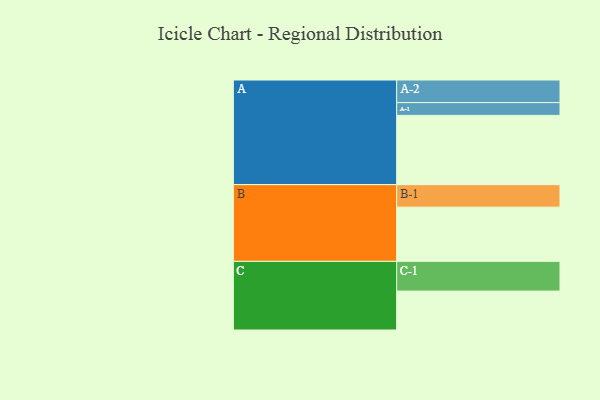
{"axis": {"x": "Segment", "y": "Value"}, "legend": ["", "A", "B", "C"], "data": [{"x": "A", "y": 548, "type": ""}, {"x": "B", "y": 429, "type": ""}, {"x": "C", "y": 308, "type": ""}, {"x": "A-1", "y": 101, "type": "A"}, {"x": "A-2", "y": 179, "type": "A"}, {"x": "B-1", "y": 178, "type": "B"}, {"x": "C-1", "y": 235, "type": "C"}]}